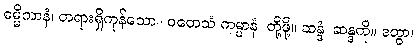
ဓမ္မိကာနံ၊ တရားရှိကုန်သော။ ဝတေသံ ကမ္မာနံ၊ တို့ဖို့။ ဆန္ဒံ၊ ဆန္ဒကို။ ဒတွာ၊